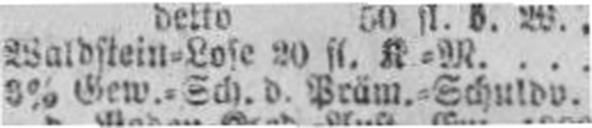
3% Gew.=Sch. d. Präm.=Schuldv.